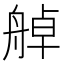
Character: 䑲